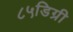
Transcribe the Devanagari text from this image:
८५डिग्री